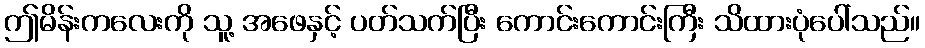
ဤမိန်းကလေးကို သူ့ အဖေနှင့် ပတ်သက်ပြီး ကောင်းကောင်းကြီး သိထားပုံပေါ်သည်။